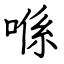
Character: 喺